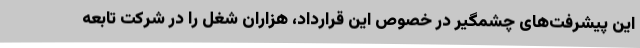
این پیشرفت‌های چشمگیر در خصوص این قرارداد، هزاران شغل را در شرکت تابعه